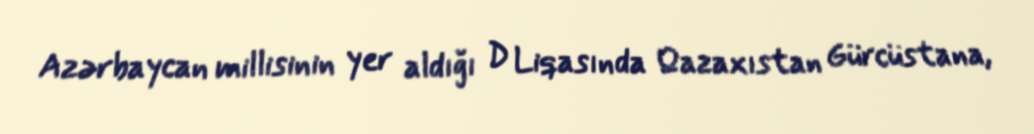
Azərbaycan millisinin yer aldığı D Liqasında Qazaxıstan Gürcüstana,